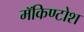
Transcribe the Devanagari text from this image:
मॅकिण्टोश